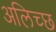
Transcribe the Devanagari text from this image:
अलिच्छ